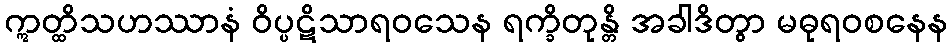
ဣတ္ထိသဟဿာနံ ဝိပ္ပဋိသာရဝသေန ရက္ခိတုန္တိ အခါဒိတွာ မဓုရဝစနေန